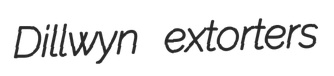
Dillwyn extorters